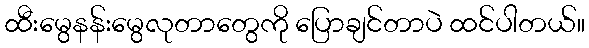
ထီးမွေနန်းမွေလုတာတွေကို ပြောချင်တာပဲ ထင်ပါတယ်။